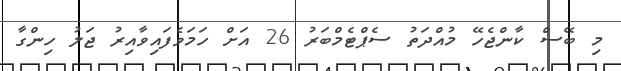
މި ބޭސް ކާންޖެހޭ މުއްދަތު ސެޕްޓެމްބަރު 26 އަށް ހަމަވެފައިވާއިރު ޖަލު ހިންގާ